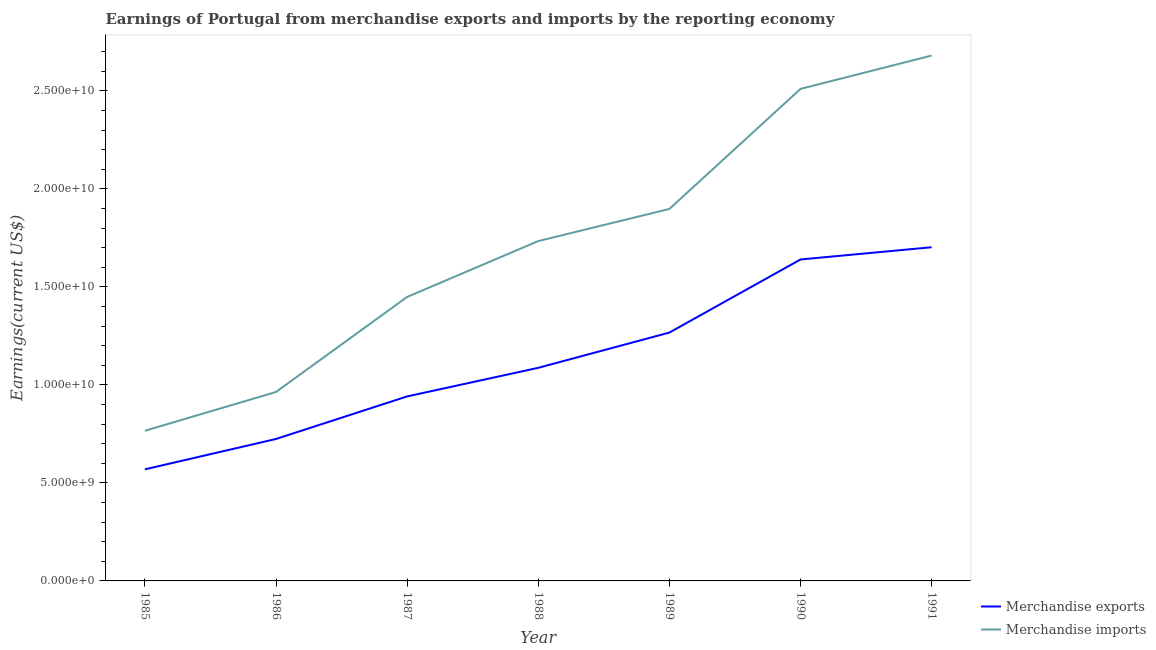
| Year | Merchandise exports | Merchandise imports |
 | --- | --- | --- |
 | 1985 | 5.69e+09 | 7.66e+09 |
 | 1986 | 7.24e+09 | 9.64e+09 |
 | 1987 | 9.41e+09 | 1.45e+10 |
 | 1988 | 1.09e+10 | 1.73e+10 |
 | 1989 | 1.27e+10 | 1.9e+10 |
 | 1990 | 1.64e+10 | 2.51e+10 |
 | 1991 | 1.7e+10 | 2.68e+10 |